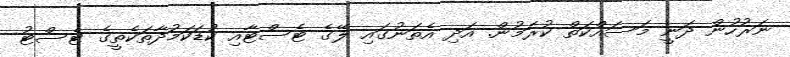
ނަރުހުން ދަނީ މަސައްކަތް ކުރަމުން. އަދި އެތަނުގައި ލޭގެ ޓެސްޓާއި ކުޑަކަމުދާތަކެތީގެ ޓެސްޓު